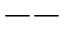
--